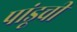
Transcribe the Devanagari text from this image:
पांडूची